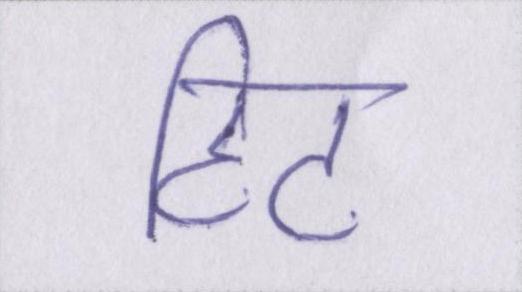
हिट